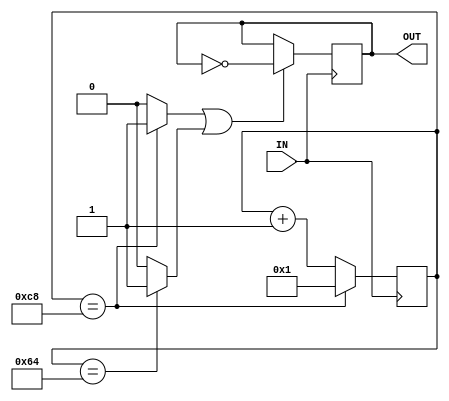
/*
	This is a sample code of Frequency Divider for 10610PME 520300 Digital Control System.
*/

module group3_lab3_freqdivider(IN,OUT);

parameter divisor =200;  // out_freq = IN_freq / divisor
parameter divisor2=100; //  output duty ratio = divisor2 / divisor * 100 % 


input IN;
output OUT;



reg[7:0] cnt1;
reg cnt2;
wire EN;
wire compare1,compare2;

always @ (posedge IN )
	begin
		
	 if(cnt1 == divisor)
			cnt1 <= 1;
		else
			cnt1 <= cnt1 + 1;
	end

assign compare1 = (cnt1 == divisor) ? 1:0;
assign compare2 = (cnt1 == divisor2) ? 1:0;
assign EN = compare1 || compare2;

always @ (posedge IN )
	begin
		
	 if(EN == 1)
			cnt2 <= !cnt2;
		else
			cnt2 <= cnt2;
	end

assign OUT = cnt2;

endmodule